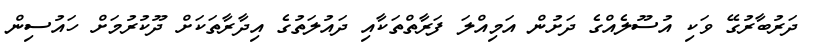
ދަރުބާރުގޭ ވަކި އުސޫލެއްގެ ދަށުން އަމިއްލަ ފަރާތްތަކާއި ދައުލަތުގެ އިދާރާތަކަށް ދޫކުރުމަށް ހައުސިން